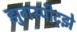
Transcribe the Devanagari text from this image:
झुगस्पीट्झे